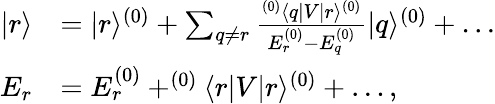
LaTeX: \begin{array}{rl}{|r\rangle}&{=|r\rangle^{(0)}+\sum_{q\ne r}\frac{^{(0)}\langle q|V|r\rangle^{(0)}}{E_{r}^{(0)}-E_{q}^{(0)}}|q\rangle^{(0)}+\dots}\\ {E_{r}}&{=E_{r}^{(0)}+^{(0)}\langle r|V|r\rangle^{(0)}+\dots,}\end{array}